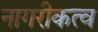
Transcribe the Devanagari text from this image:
नागरीकत्व